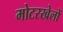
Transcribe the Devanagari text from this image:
मोटरखेलों